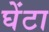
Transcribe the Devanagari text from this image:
घेंटा